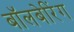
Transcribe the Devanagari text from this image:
बॉलबेरिंग